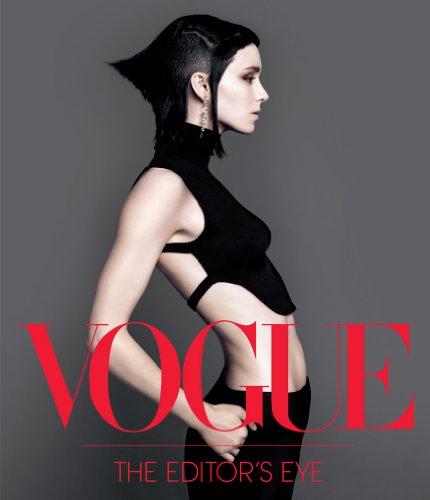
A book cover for Vogue: The Editor's Eye; Conde Nast; Arts & Photography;